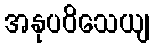
အနုပဝိသေယျ